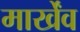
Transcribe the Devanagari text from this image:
मार्खेंव